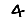
Digit: 4